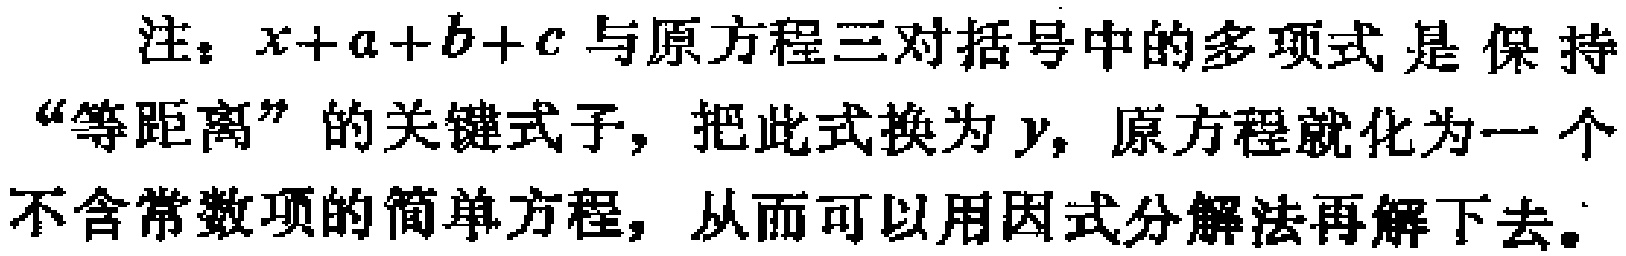
注：\(x + a + b + c\)与原方程三对括号中的多项式是保持“等距离”的关键式子，把此式换为\(y\)，原方程就化为一个不含常数项的简单方程，从而可以用因式分解法再解下去。